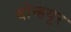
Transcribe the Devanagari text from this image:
बोन्हयूर